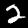
Digit: 2